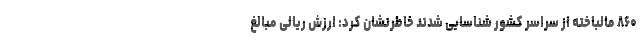
۸۶۰ مالباخته از سراسر کشور شناسایی شدند خاطرنشان کرد: ارزش ریالی مبالغ